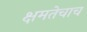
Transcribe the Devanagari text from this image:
क्षमतेचाच